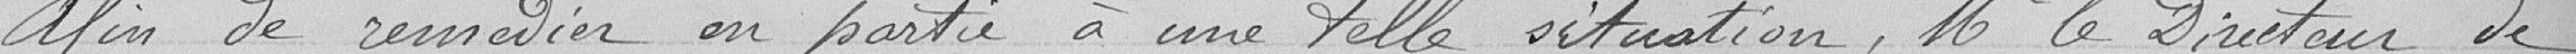
Afin de remédier en partie à une telle situation, Mr le Directeur de